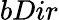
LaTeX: bDir